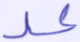
عد